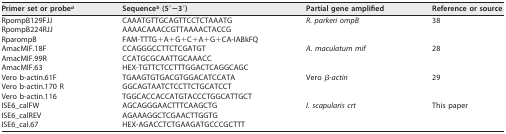
<table><thead><tr><td><b>Primer set or probe<sup><i>a</i></sup></b></td><td><b>Sequence<sup><i>b</i></sup> (5′−3′)</b></td><td><b>Partial gene amplified</b></td><td><b>Reference or source</b></td></tr></thead><tbody><tr><td>RpompB129FJJ</td><td>CAAATGTTGCAGTTCCTCTAAATG</td><td>R. parkeri ompB</td><td>38</td></tr><tr><td>RpompB224RJJ</td><td>AAAACAAACCGTTAAAACTACCG</td><td></td><td></td></tr><tr><td>RparompB</td><td>FAM-TTTG+A+G+C+A+G+CA-IABkFQ</td><td></td><td></td></tr><tr><td>AmacMIF.18F</td><td>CCAGGGCCTTCTCGATGT</td><td>A. maculatum mif</td><td>28</td></tr><tr><td>AmacMIF.99R</td><td>CCATGCGCAATTGCAAACC</td><td></td><td></td></tr><tr><td>AmacMIF.63</td><td>HEX-TGTTCTCCTTTGGACTCAGGCAGC</td><td></td><td></td></tr><tr><td>Vero b-actin.61F</td><td>TGAAGTGTGACGTGGACATCCATA</td><td>Vero β-<i>actin</i></td><td>29</td></tr><tr><td>Vero b-actin.170 R</td><td>GGCAGTAATCTCCTTCTGCATCCT</td><td></td><td></td></tr><tr><td>Vero b-actin.116</td><td>TGGCACCACCATGTACCCTGGCATTGCT</td><td></td><td></td></tr><tr><td>ISE6_calFW</td><td>AGCAGGGAACTTTCAAGCTG</td><td><i>I. scapularis crt</i></td><td>This paper</td></tr><tr><td>ISE6_calREV</td><td>AGAAAGGCTCGAACTTGGTG</td><td></td><td></td></tr><tr><td>ISE6_cal.67</td><td>HEX-AGACCTCTGAAGATGCCCGCTTT</td><td></td><td></td></tr></tbody></table>